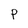
Character: P